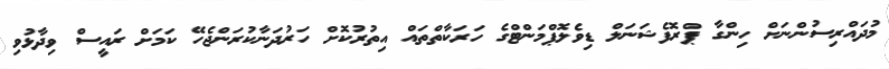
މުދައްރިސުންނަށް ހިންގާ ޕްރޮފެޝަނަލް ޑިވެލޮޕްމަންޓްގެ ހަރަކާތްތައް އިތުރުކޮށް ހަރުދަނާކުރަންޖެހޭ ކަމަށް ރައީސް ވިދާޅުވި